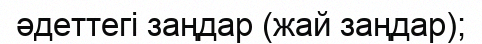
әдеттегі заңдар (жай заңдар);